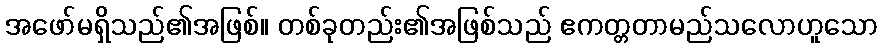
အဖော်မရှိသည်၏အဖြစ်။ တစ်ခုတည်း၏အဖြစ်သည် ဧကတ္တတာမည်သလောဟူသော